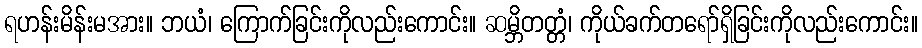
ရဟန်းမိန်းမအား။ ဘယံ၊ ကြောက်ခြင်းကိုလည်းကောင်း။ ဆမ္ဘိတတ္တံ၊ ကိုယ်ခက်တရော်ရှိခြင်းကိုလည်းကောင်း။